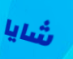
شايا